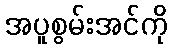
အပူစွမ်းအင်ကို